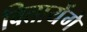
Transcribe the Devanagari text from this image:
बितायेंगे